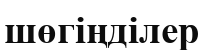
шөгіңділер